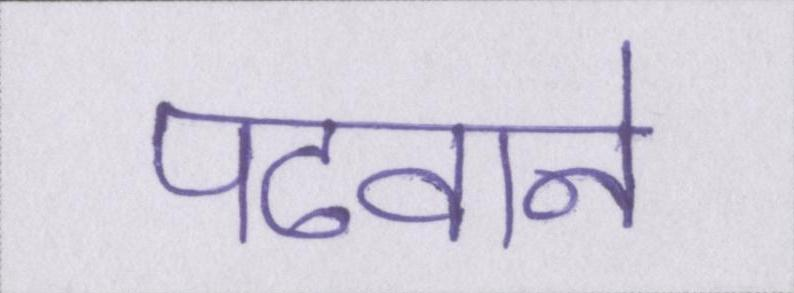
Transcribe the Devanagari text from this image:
पढवाने